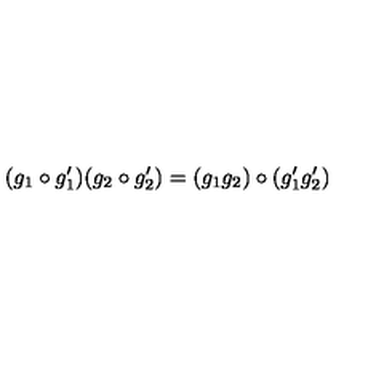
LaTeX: ( g _ { 1 } \circ g _ { 1 } ^ { \prime } ) ( g _ { 2 } \circ g _ { 2 } ^ { \prime } ) = ( g _ { 1 } g _ { 2 } ) \circ ( g _ { 1 } ^ { \prime } g _ { 2 } ^ { \prime } )